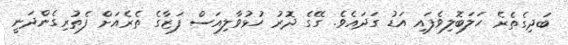
ބަދިގެތެރެ ހަލަބޮލިވެފައި އަޑު ގަދައެވެ. ގޭގެ ދޮރު ހުޅުވާލިއަސް ފަޒާގެ ތެރެއަށް ފެތުރިގެންދަނީ